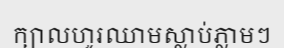
ក្បាលហូរឈាមស្លាប់ភ្លាមៗ